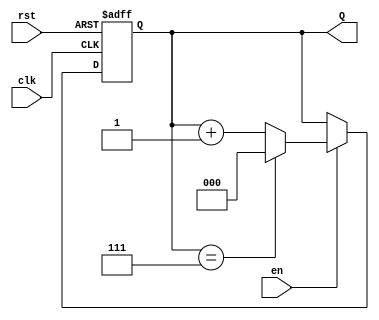
module up_counter (
    input wire clk,      // Clock signal
    input wire rst,      // Asynchronous reset signal
    input wire en,       // Enable signal
    output reg [2:0] Q   // 3-bit output representing the current count value
);

// Asynchronous reset and counting logic
always @(posedge clk or posedge rst) begin
    if (rst) begin
        // Reset the counter to 0
        Q <= 3'b000;
    end else if (en) begin
        // Increment the counter, and wrap around if it exceeds the maximum value (7)
        if (Q == 3'b111) begin
            Q <= 3'b000; // Wrap around to 0
        end else begin
            Q <= Q + 1; // Increment the count
        end
    end
    // If enable is low, the counter retains its value
end

endmodule